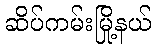
ဆိပ်ကမ်းမြို့နယ်